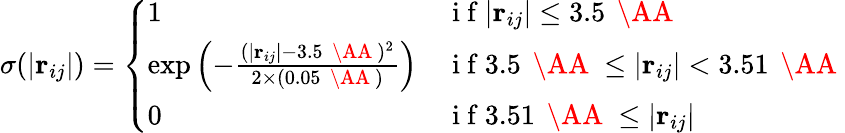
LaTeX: \sigma(|\textbf{r}_{ij}|)=\left\{ \begin{array}{ll}{1}&{\mathrm{~i~f~}|\textbf{r}_{ij}|\leq 3.5\, \mathrm{~\AA~}}\\ {\exp\left(-\frac{(|\textbf{r}_{ij}|-3.5\, \mathrm{~\AA~})^{2}}{2\times(0.05\, \mathrm{~\AA~})}\right)}&{\mathrm{~i~f~}3.5\, \mathrm{~\AA~}\leq|\textbf{r}_{ij}|<3.51\, \mathrm{~\AA~}}\\ {0}&{\mathrm{~i~f~}3.51\, \mathrm{~\AA~}\leq|\textbf{r}_{ij}|}\end{array}\right.